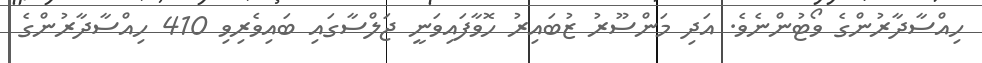
ހިއްސާދާރުންގެ ވޯޓުންނެވެ. އަދި މަންސޫރު ޒުބައިރު ހޮވާފައިވަނީ ޖަލްސާގައި ބައިވެރިވި 410 ހިއްސާދާރުންގެ